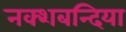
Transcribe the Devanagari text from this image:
नक्शबन्दिया